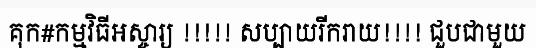
គុក#កម្មវិធីអស្ចារ្យ !!!!! សប្បាយរីករាយ!!!! ជួបជាមួយ